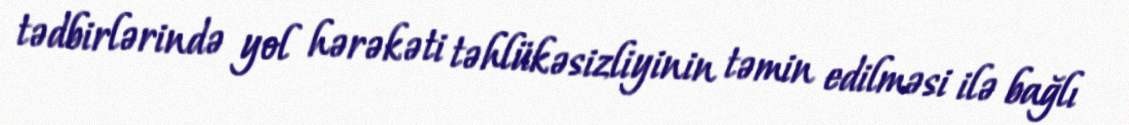
tədbirlərində yol hərəkəti təhlükəsizliyinin təmin edilməsi ilə bağlı